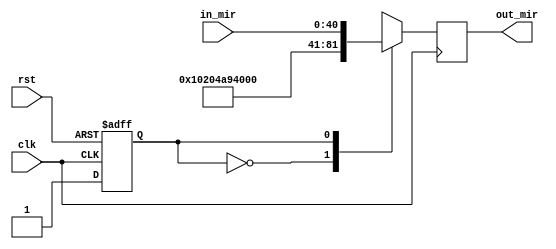
module m_mir(
input clk,rst,
//clk: Seal de reloj del sistema.
//rst: Seal de rst del sistema.
input [40:0] in_mir,// Microinstruccin de entrada que proviene directamente de la control store.
output reg [40:0] out_mir// Microinstruccin de salida hacia el resto del sistema.
);



parameter Reset=0; 	//Estado de reset del registro.
parameter [40:0] Refresh=1;	// Estado de espera del registro.

parameter rst_mir=41'b10000001000000100101010010100000000000000;// Microinstruccin '0' de la control store.

reg rState,sState;	//Variables de estado: Estado actual y siguiente respectivamente.


initial 
begin
	rState<=Reset;
	out_mir=41'b10000001000000100101010010100000000000000;
end
// state register
	always@(posedge clk, posedge rst)
	if (rst) rState <= Reset;
	else rState <= sState;

// next state logic
	always @ (*)
	case (rState)
	Reset:sState=Refresh;
	Refresh:sState=Refresh; 

	default: sState = Reset;
	endcase

// output logic
	always@(negedge clk)
	case(rState)
	Reset:begin out_mir<=rst_mir; end
	Refresh:begin out_mir<=in_mir;end

	default:begin out_mir<=rst_mir;end
	endcase

endmodule